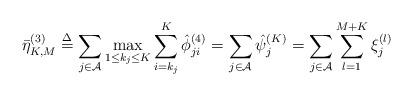
LaTeX: \begin{align*} \bar \eta _{K,M}^{(3)} \buildrel \Delta \over = \sum\limits_{j \in {\cal A}} {\mathop {\max }\limits_{1 \le {k_j} \le K} \sum\limits_{i = {k_j}}^K {\hat \phi _{ji}^{\left( 4 \right)}} } = \sum\limits_{j \in {\cal A}} {\hat \psi _j^{(K)}} = \sum\limits_{j \in {\cal A}} {\sum\limits_{l = 1}^{M+K} {\xi _j^{(l)}} }\end{align*}